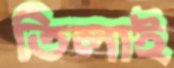
তিলাই